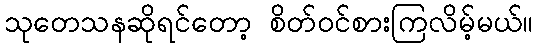
သုတေသနဆိုရင်တော့ စိတ်ဝင်စားကြလိမ့်မယ်။